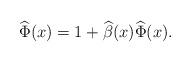
LaTeX: \begin{align*}\widehat{\Phi}(x) = 1 + \widehat{\beta}(x)\widehat{\Phi}(x).\end{align*}